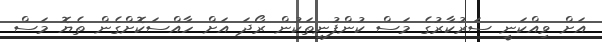
އަށް ވިއްކަނީ ސަރުކާރުގެ މަސް ކުންފުނިތަކުން ރޯދަ އަށް ހާއްސަކޮށްގެން ތެޔޮ މަސް